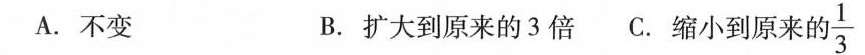
A.不变 B.扩大到原来的3倍 C.缩小到原来的\frac{1}{3}